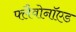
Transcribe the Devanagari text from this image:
फ्लैवोनॉएड